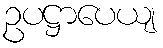
ဥပဋ္ဌာပေယျ